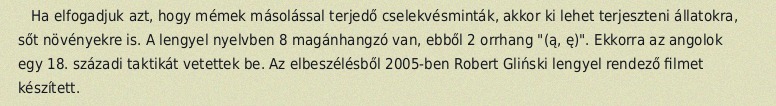
Ha elfogadjuk azt, hogy mémek másolással terjedő cselekvésminták, akkor ki lehet terjeszteni állatokra, sőt növényekre is. A lengyel nyelvben 8 magánhangzó van, ebből 2 orrhang "(ą, ę)". Ekkorra az angolok egy 18. századi taktikát vetettek be. Az elbeszélésből 2005-ben Robert Gliński lengyel rendező filmet készített.